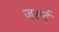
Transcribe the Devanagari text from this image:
ज़रूर्ट